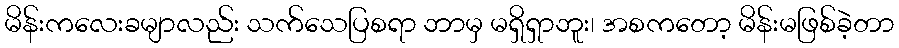
မိန်းကလေးခမျာလည်း သက်သေပြစရာ ဘာမှ မရှိရှာဘူး၊ အစကတော့ မိန်းမဖြစ်ခဲ့တာ